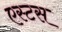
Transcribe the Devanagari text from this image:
एस्टस